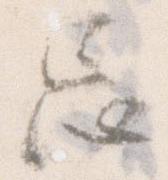
忘